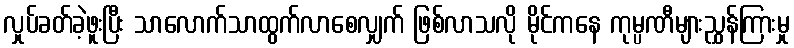
လှုပ်ခတ်ခဲ့ဖူးပြီး သာလောက်သာထွက်လာစေလျှက် ဖြစ်လာသလို မိုင်ကနေ ကုမ္ပဏီများညွှန်ကြားမှု